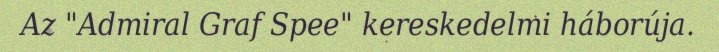
Az "Admiral Graf Spee" kereskedelmi háborúja.